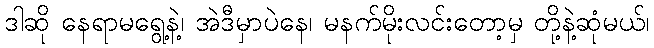
ဒါဆို နေရာမရွေ့နဲ့၊ အဲဒီမှာပဲနေ၊ မနက်မိုးလင်းတော့မှ တို့နဲ့ဆုံမယ်၊